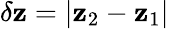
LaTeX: \delta\mathbf{z}=|\mathbf{z}_{2}-\mathbf{z}_{1}|